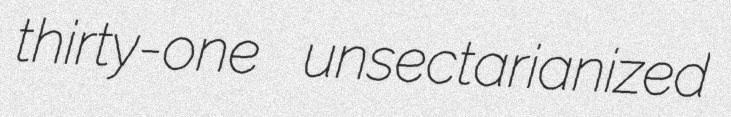
thirty-one unsectarianized